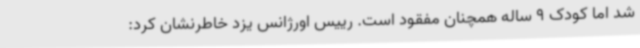
شد اما کودک 9 ساله همچنان مفقود است. رییس اورژانس یزد خاطرنشان کرد: